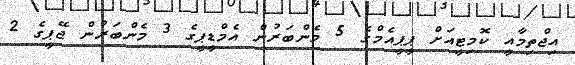
އިޖްތިމާއީ ކޮމިޓީއަށް ޕީޕީއެމްގެ 5 މެންބަރުން އެމްޑީޕީގެ 3 މެންބަރުން ޖޭޕީގެ 2